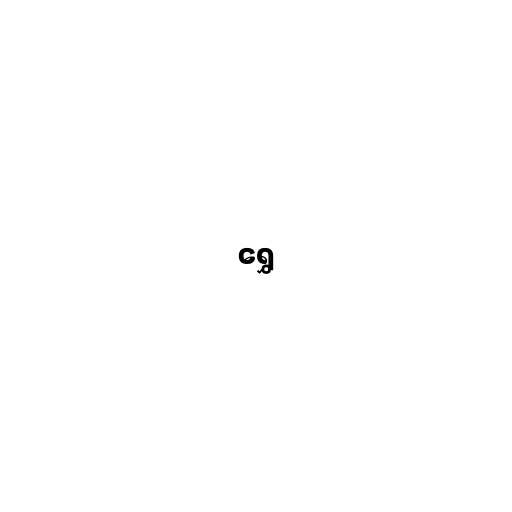
ရွှေ